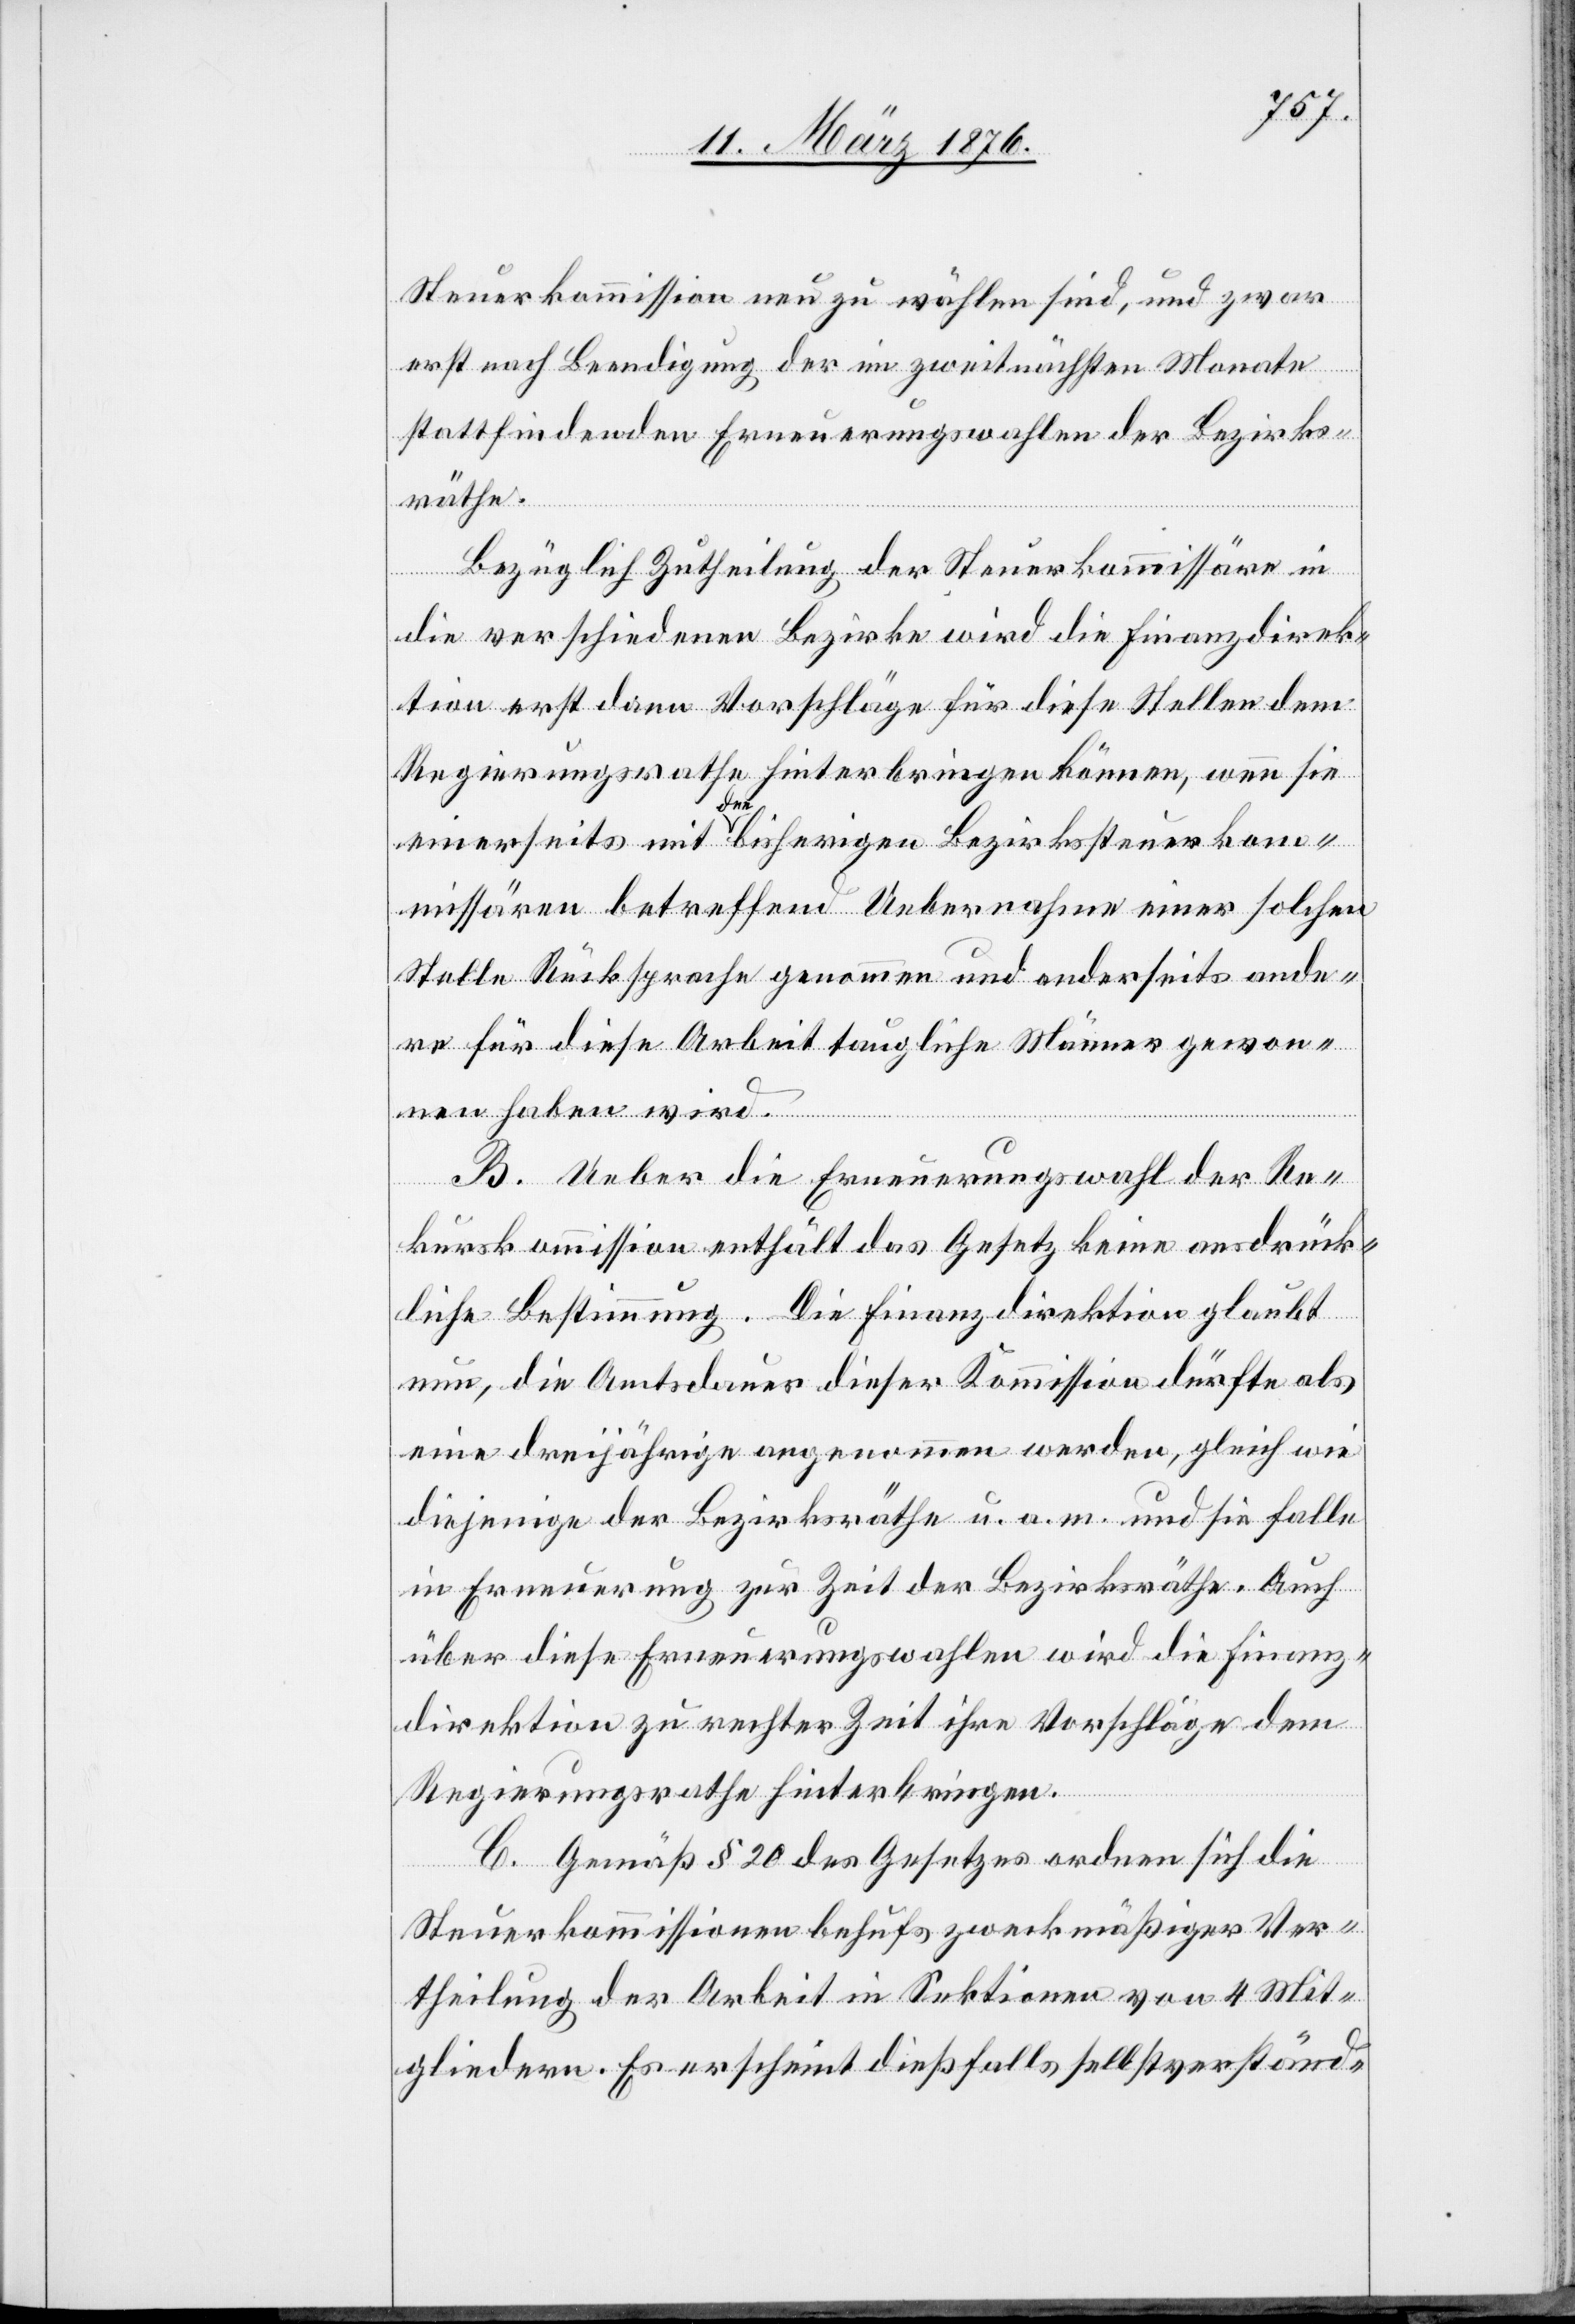
Steuerkommission neu zu wählen sind, und zwar
erst nach Beendigung der im zweitnächsten Monate
stattfindenden Erneuerungswahlen der Bezirks¬
räthe.
Bezüglich Zutheilung der Steuerkommissionäre in
die verschiedenen Bezirke wird die Finanzdirek¬
tion erst dann Vorschläge für diese Stellen dem
Regierungsrathe hinterbringen können, wenn sie
einerseits mit den bisherigen Bezirkssteuerkom¬
missionären betreffend Uebernahme einer solchen
Stelle Rücksprache genommen und anderseits ande¬
re für diese Arbeit taugliche Männer gewon¬
nen haben wird.
B. Gemäß § 20 des Gesetzes ordnen sich die
Steuerkommissionen behufs zweckmäßiger Ver¬
theilung der Arbeit in Sektionen von 4 Mit¬
gliedern. Es erscheint dießfalls selbstverständ-